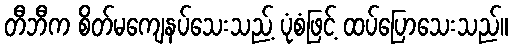
တီဘီက စိတ်မကျေနပ်သေးသည့် ပုံစံဖြင့် ထပ်ပြောသေးသည်။